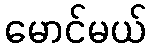
မောင်မယ်